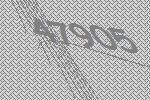
47905